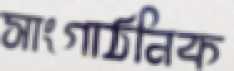
সাংগাঠনিক